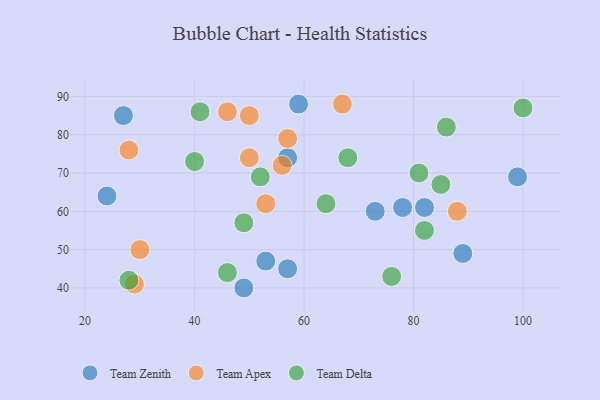
{"axis": {"x": "GDP", "y": "Life Expectancy"}, "legend": ["Team Apex", "Team Delta", "Team Zenith"], "data": [{"x": "24", "y": 64, "type": "Team Zenith"}, {"x": "57", "y": 74, "type": "Team Zenith"}, {"x": "57", "y": 45, "type": "Team Zenith"}, {"x": "89", "y": 49, "type": "Team Zenith"}, {"x": "53", "y": 47, "type": "Team Zenith"}, {"x": "59", "y": 88, "type": "Team Zenith"}, {"x": "49", "y": 40, "type": "Team Zenith"}, {"x": "27", "y": 85, "type": "Team Zenith"}, {"x": "82", "y": 61, "type": "Team Zenith"}, {"x": "78", "y": 61, "type": "Team Zenith"}, {"x": "99", "y": 69, "type": "Team Zenith"}, {"x": "73", "y": 60, "type": "Team Zenith"}, {"x": "53", "y": 62, "type": "Team Apex"}, {"x": "57", "y": 79, "type": "Team Apex"}, {"x": "30", "y": 50, "type": "Team Apex"}, {"x": "29", "y": 41, "type": "Team Apex"}, {"x": "28", "y": 76, "type": "Team Apex"}, {"x": "88", "y": 60, "type": "Team Apex"}, {"x": "50", "y": 74, "type": "Team Apex"}, {"x": "46", "y": 86, "type": "Team Apex"}, {"x": "67", "y": 88, "type": "Team Apex"}, {"x": "56", "y": 72, "type": "Team Apex"}, {"x": "50", "y": 85, "type": "Team Apex"}, {"x": "64", "y": 62, "type": "Team Delta"}, {"x": "49", "y": 57, "type": "Team Delta"}, {"x": "68", "y": 74, "type": "Team Delta"}, {"x": "76", "y": 43, "type": "Team Delta"}, {"x": "85", "y": 67, "type": "Team Delta"}, {"x": "41", "y": 86, "type": "Team Delta"}, {"x": "82", "y": 55, "type": "Team Delta"}, {"x": "81", "y": 70, "type": "Team Delta"}, {"x": "28", "y": 42, "type": "Team Delta"}, {"x": "52", "y": 69, "type": "Team Delta"}, {"x": "46", "y": 44, "type": "Team Delta"}, {"x": "86", "y": 82, "type": "Team Delta"}, {"x": "100", "y": 87, "type": "Team Delta"}, {"x": "40", "y": 73, "type": "Team Delta"}]}